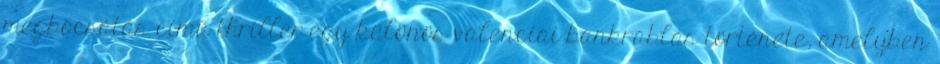
megbocsátás című thriller egy különös valenciai bankrablás története, amelyben